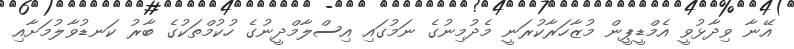
އޭނާ ވިދާޅުވީ އެމްޑީޕީން މުޒާހަރާކުރަނީ މެދުމިނުގެ ނަމުގައި އިސްލާމްދީނުގެ ހުކުމްތަކުގެ ބާރު ކަނޑުވާލުމަށާއި